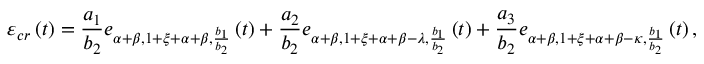
\varepsilon _ { c r } \left( t \right) = \frac { a _ { 1 } } { b _ { 2 } } e _ { \alpha + \beta , 1 + \xi + \alpha + \beta , \frac { b _ { 1 } } { b _ { 2 } } } \left( t \right) + \frac { a _ { 2 } } { b _ { 2 } } e _ { \alpha + \beta , 1 + \xi + \alpha + \beta - \lambda , \frac { b _ { 1 } } { b _ { 2 } } } \left( t \right) + \frac { a _ { 3 } } { b _ { 2 } } e _ { \alpha + \beta , 1 + \xi + \alpha + \beta - \kappa , \frac { b _ { 1 } } { b _ { 2 } } } \left( t \right) ,